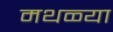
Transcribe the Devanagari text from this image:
मथळ्या